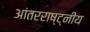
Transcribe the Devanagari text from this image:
आंतरराष्ट्नीय